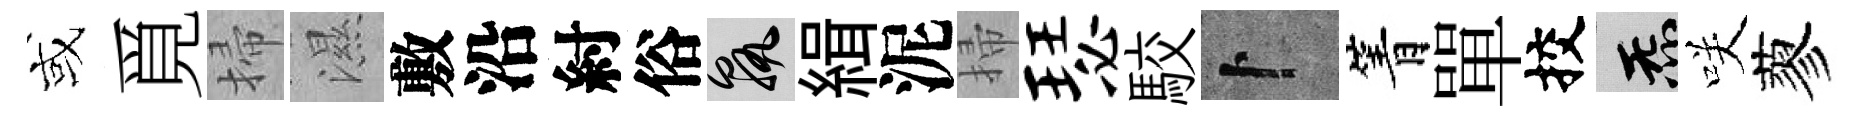
或覓掃濕敷沿紂俗孰緝泥掃瑟駮卜箐單挍炁咲蓼